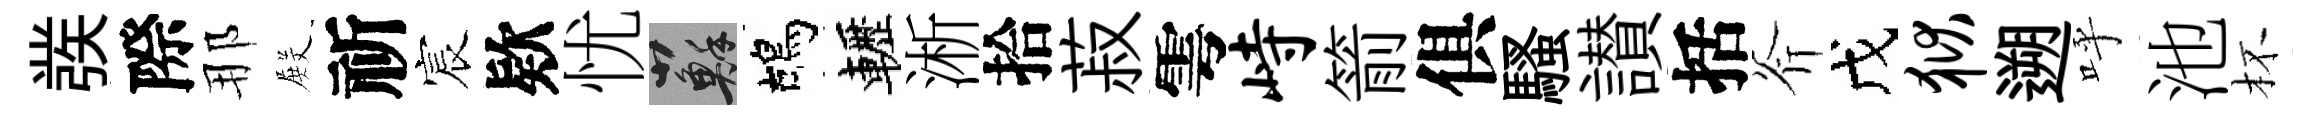
彂際那𭮺祈宸欵忧蘇鴣轣淅拾菽雩峙箭俱騷讃括斧戊狱遡呼池杯